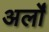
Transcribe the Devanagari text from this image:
अर्लों